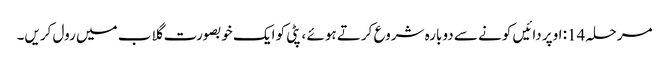
مرحلہ 14: اوپر دائیں کونے سے دوبارہ شروع کرتے ہوئے ، پٹی کو ایک خوبصورت گلاب میں رول کریں۔